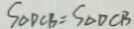
S _ { \Delta D C B } = S _ { \Delta D C B }